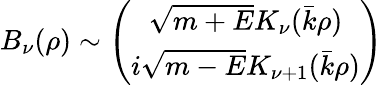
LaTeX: B_{\nu}(\rho)\sim\left(\begin{array}{c}{{\sqrt{m+E}K_{\nu}(\bar{k}\rho)}}\\ {{i\sqrt{m-E}K_{\nu+1}(\bar{k}\rho)}}\end{array}\right)